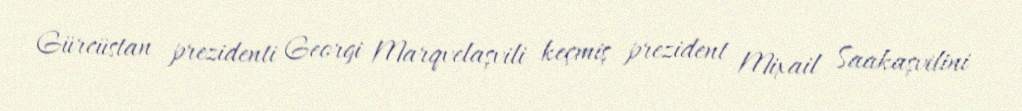
Gürcüstan prezidenti Georgi Marqvelaşvili keçmiş prezident Mixail Saakaşvilini